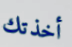
أخذتك